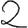
Digit: 2